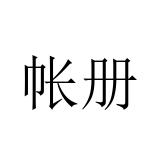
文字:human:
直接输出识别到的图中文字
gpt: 帐册